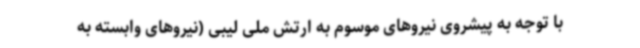
با توجه به پیشروی نیروهای موسوم به ارتش ملی لیبی (نیروهای وابسته به